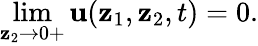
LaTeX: \operatorname*{lim}_{\mathbf{z}_{2}\to0+}\mathbf{u}(\mathbf{z}_{1},\mathbf{z}_{2},t)=0.